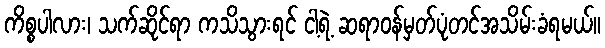
ကိစ္စပါလား၊ သက်ဆိုင်ရာ ကသိသွားရင် ငါ့ရဲ့ ဆရာဝန်မှတ်ပုံတင်အသိမ်းခံရမယ်။